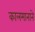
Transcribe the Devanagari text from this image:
कालमानाने